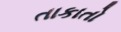
તાકાતો